Insane asylums Bombay 1873-77 - 1873-1877
Year: 1873
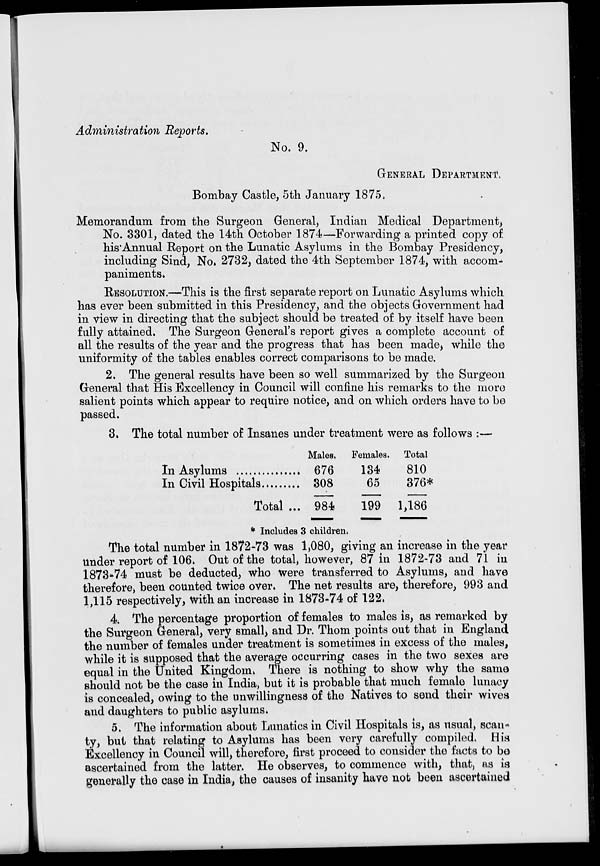
Administration Reports.
No. 9.
GENERAL DEPARTMENT.
Bombay Castle, 5th January 1875.
Memorandum from the Surgeon General, Indian Medical Department,
No. 3301, dated the 14th October 1874—Forwarding a printed copy of
his Annual Report on the Lunatic Asylums in the Bombay Presidency,
including Sind, No. 2732, dated the 4th September 1874, with accom-
paniments.
RESOLUTION.—This is the first separate report on Lunatic Asylums which
has ever been submitted in this Presidency, and the objects Government had
in view in directing that the subject should be treated of by itself have been
fully attained. The Surgeon General's report gives a complete account of
all the results of the year and the progress that has been made, while the
uniformity of the tables enables correct comparisons to be made.
2. The general results have been so well summarized by the Surgeon
General that His Excellency in Council will confine his remarks to the more
salient points which appear to require notice, and on which orders have to be
passed.
3. The total number of Insanes under treatment were as follows :—
In Asylums
...............
In Civil Hospitals ...............
Total ...
Males.
676
308
984
Females.
134
65
199
Total.
810
376*
1,186
* Includes 3 children.
The total number in 1872-73 was 1,080, giving an increase in the year
under report of 106. Out of the total, however, 87 in 1872-73 and 71 in
1873-74 must be deducted, who were transferred to Asylums, and have
therefore, been counted twice over. The net results are, therefore, 993 and
1,115 respectively, with an increase in 1873-74 of 122.
4. The percentage proportion of females to males is, as remarked by
the Surgeon General, very small, and Dr. Thom points out that in England
the number of females under treatment is sometimes in excess of the males,
while it is supposed that the average occurring cases in the two sexes are
equal in the United Kingdom. There is nothing to show why the same
should not be the case in India, but it is probable that much female lunacy
is concealed, owing to the unwillingness of the Natives to send their wives
and daughters to public asylums.
5. The information about Lunatics in Civil Hospitals is, as usual, scan-
ty, but that relating to Asylums has been very carefully compiled. His
Excellency in Council will, therefore, first proceed to consider the facts to be
ascertained from the latter. He observes, to commence with, that, as is
generally the case in India, the causes of insanity have not been ascertained